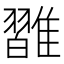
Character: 𩀦